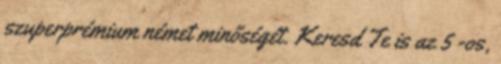
szuperprémium német minőségét. Keresd Te is az 5 -os,